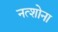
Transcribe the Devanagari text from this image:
नत्शोना